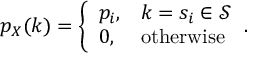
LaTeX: p _ { X } ( k ) = { \left\{ \begin{array} { l l } { p _ { i } , } & { k = s _ { i } \in { \mathcal { S } } } \\ { 0 , } & { { \mathrm { o t h e r w i s e } } } \end{array} \right. } .